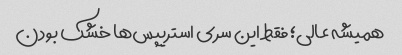
همیشه عالی؛ فقط این سری استریپس‌ها خشک بودن